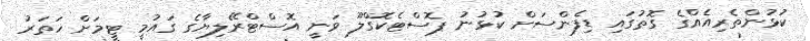
ކުޅުންތެރިއެއްގެ ގޮތުގައި ޑިފެންސަށް ކުޅުނު ޕޮސްޓެކޮގްލޫ ވަނީ އޮސްޓްރޭލިޔާގެ ގައުމީ ޓީމަށް ހަތަރު